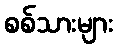
စစ်သားများ